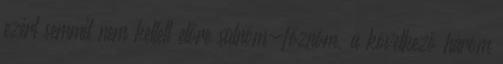
ezért semmit nem kellett előre sütnöm-főznöm, a következő három